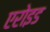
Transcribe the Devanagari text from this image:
एरोइड